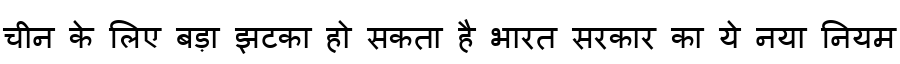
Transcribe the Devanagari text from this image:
चीन के लिए बड़ा झटका हो सकता है भारत सरकार का ये नया नियम